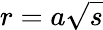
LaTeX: r=a\sqrt{s}